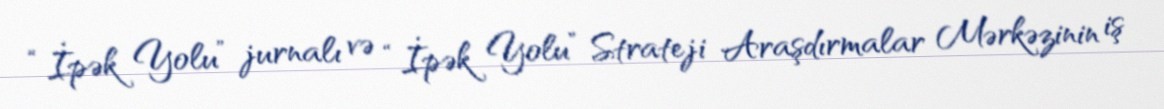
“İpək Yolu” jurnalı və “İpək Yolu” Strateji Araşdırmalar Mərkəzinin iş